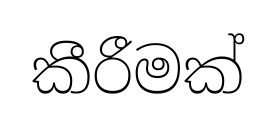
කීරීමක්